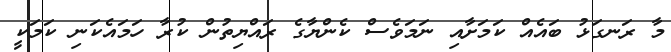
މާ ރަނގަޅު ބައެއް ކަމަށާއި ނަމަވެސް ކެންޔާގެ ރައްޔިތުން ކުރާ ހަމައެކަނި ކަމަކީ